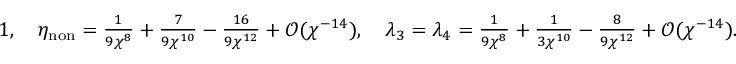
\textstyle 1 , \quad \eta _ { \mathrm { n o n } } = \frac { 1 } { 9 \chi ^ { 8 } } + \frac { 7 } { 9 \chi ^ { 1 0 } } - \frac { 1 6 } { 9 \chi ^ { 1 2 } } + \mathcal { O } ( \chi ^ { - 1 4 } ) , \quad \lambda _ { 3 } = \lambda _ { 4 } = \frac { 1 } { 9 \chi ^ { 8 } } + \frac { 1 } { 3 \chi ^ { 1 0 } } - \frac { 8 } { 9 \chi ^ { 1 2 } } + \mathcal { O } ( \chi ^ { - 1 4 } ) .